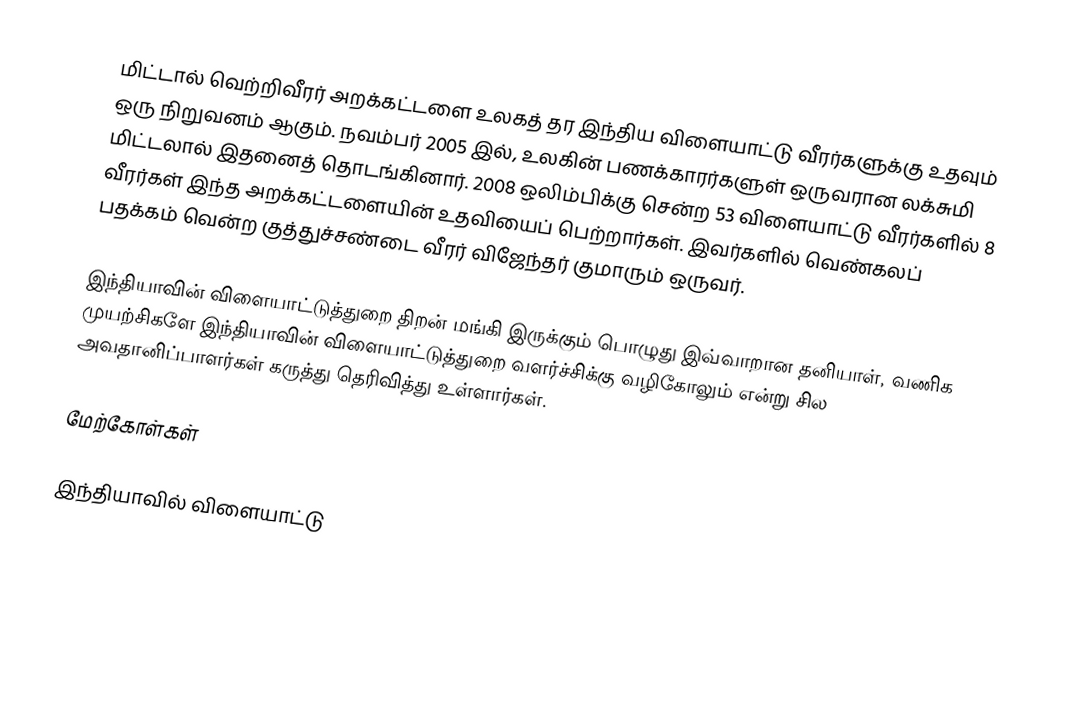
மிட்டால் வெற்றிவீரர் அறக்கட்டளை உலகத் தர இந்திய விளையாட்டு வீரர்களுக்கு உதவும் ஒரு நிறுவனம் ஆகும்.  நவம்பர் 2005 இல், உலகின் பணக்காரர்களுள் ஒருவரான லக்சுமி மிட்டலால் இதனைத்  தொடங்கினார்.  2008 ஒலிம்பிக்கு சென்ற 53 விளையாட்டு வீரர்களில் 8 வீரர்கள் இந்த அறக்கட்டளையின் உதவியைப் பெற்றார்கள்.   இவர்களில் வெண்கலப் பதக்கம் வென்ற குத்துச்சண்டை வீரர் விஜேந்தர் குமாரும் ஒருவர்.

இந்தியாவின் விளையாட்டுத்துறை திறன் மங்கி இருக்கும் பொழுது இவ்வாறான தனியாள், வணிக முயற்சிகளே இந்தியாவின் விளையாட்டுத்துறை வளர்ச்சிக்கு வழிகோலும் என்று சில அவதானிப்பாளர்கள் கருத்து தெரிவித்து உள்ளார்கள்.

மேற்கோள்கள்

இந்தியாவில் விளையாட்டு